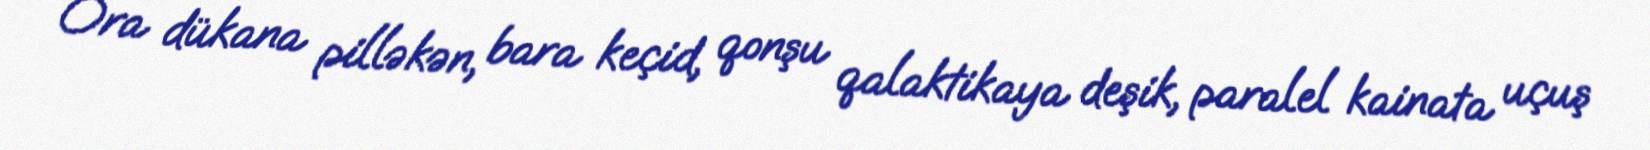
Ora dükana pilləkən, bara keçid, qonşu qalaktikaya deşik, paralel kainata uçuş